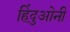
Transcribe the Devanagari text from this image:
हिंदुओनी